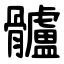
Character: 髗